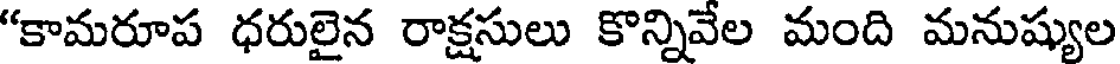
"కామరూప ధరులైన రాక్షసులు కొన్నివేల మంది మనుష్యుల